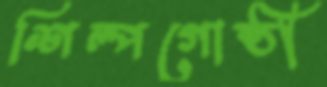
শিল্পগোষ্ঠী